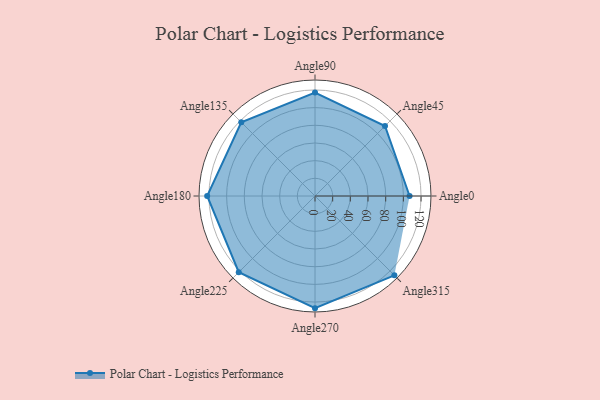
{"axis": {"x": "Angle", "y": "Radius"}, "legend": [""], "data": [{"x": "Angle0", "y": 107.0, "type": ""}, {"x": "Angle45", "y": 112.0, "type": ""}, {"x": "Angle90", "y": 117.0, "type": ""}, {"x": "Angle135", "y": 118.0, "type": ""}, {"x": "Angle180", "y": 122.0, "type": ""}, {"x": "Angle225", "y": 122.0, "type": ""}, {"x": "Angle270", "y": 127.0, "type": ""}, {"x": "Angle315", "y": 127.0, "type": ""}]}